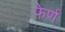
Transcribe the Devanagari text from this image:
फेर्ण